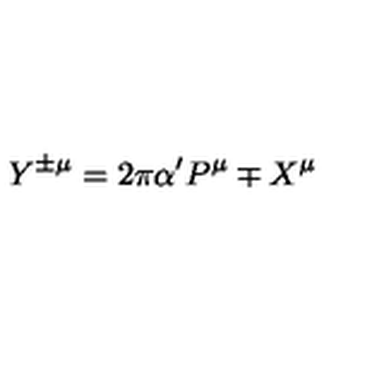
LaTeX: Y ^ { \pm \mu } = 2 \pi \alpha ^ { \prime } P ^ { \mu } \mp X ^ { \mu }